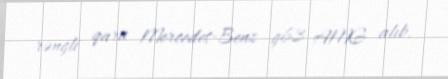
rəngli qara Mercedes-Benz g63 AMG alıb.